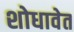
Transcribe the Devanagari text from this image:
शोधावेत